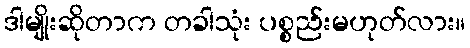
ဒါမျိုးဆိုတာက တခါသုံး ပစ္စည်းမဟုတ်လား။